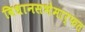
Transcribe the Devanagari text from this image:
विधानसभेमार्फत